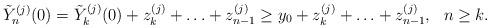
LaTeX: \begin{align*}\tilde{Y}^{(j)}_n(0) = \tilde{Y}^{(j)}_k(0) + z^{(j)}_k + \ldots + z^{(j)}_{n-1} \ge y_0 + z^{(j)}_k + \ldots + z^{(j)}_{n-1},\ \ n \ge k.\end{align*}